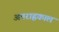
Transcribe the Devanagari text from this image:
अपराह्णकाल